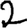
Digit: 2